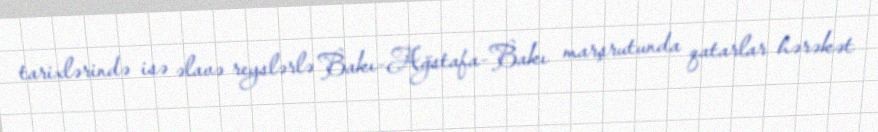
tarixlərində isə əlavə reyslərlə Bakı-Ağstafa-Bakı marşrutunda qatarlar hərəkət